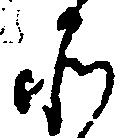
そ